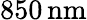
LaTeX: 850\, \mathrm{nm}